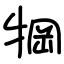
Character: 犅